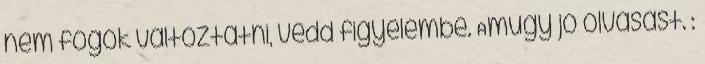
nem fogok változtatni, vedd figyelembe. Amúgy jó olvasást. :